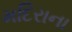
મદિરાના